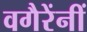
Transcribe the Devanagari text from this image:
वगैरेंनीं